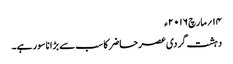
۱۴؍مارچ ۲۰۱۶ء
دہشت گردی عصر حاضر کا سب سے بڑا ناسور ہے۔